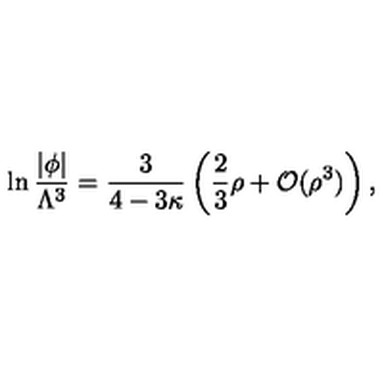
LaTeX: \ln \frac { | \phi | } { \Lambda ^ { 3 } } = \frac 3 { 4 - 3 \kappa } \left( \frac 2 3 \rho + \mathcal { O } ( \rho ^ { 3 } ) \right) ,